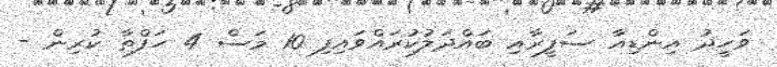
ވަހީދު އިންޑިއާ ސަފީރާއި ބައްދަލުކުރައްވައިފި 10 މަސް 4 ހަފްތާ ކުރިން -